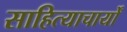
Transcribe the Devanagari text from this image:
साहित्याचार्यों